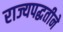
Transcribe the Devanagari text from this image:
राज्यपद्धतीने